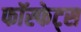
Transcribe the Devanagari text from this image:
फॉस्फेट्स